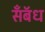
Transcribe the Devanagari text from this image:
सॅँबॅध